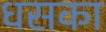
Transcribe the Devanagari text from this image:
धसका